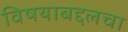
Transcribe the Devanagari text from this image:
विषयाबद्दलचा